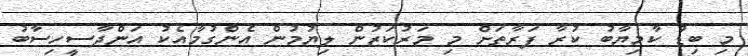
މި ބިޑު ކާމިޔާބު ކުރާ ފަރާތަށް މި މަރުކަޒުން ލިޔުމުން އެންގުމާއެކު އަންދާސީހިސާބު